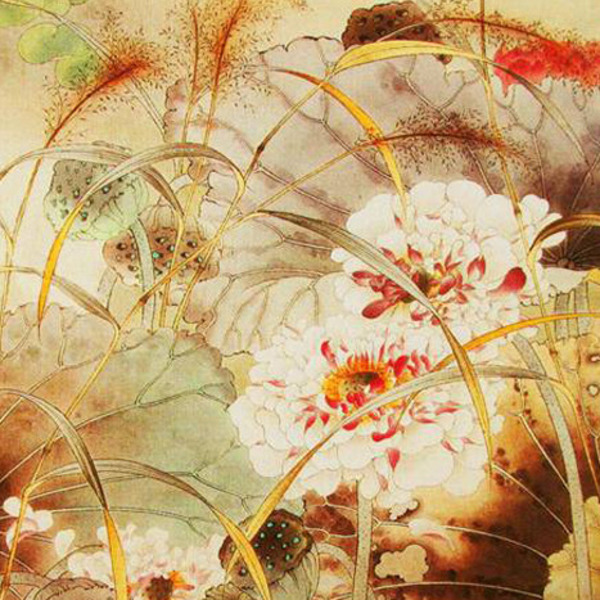
月明船笛参差起，风定池莲自在香。